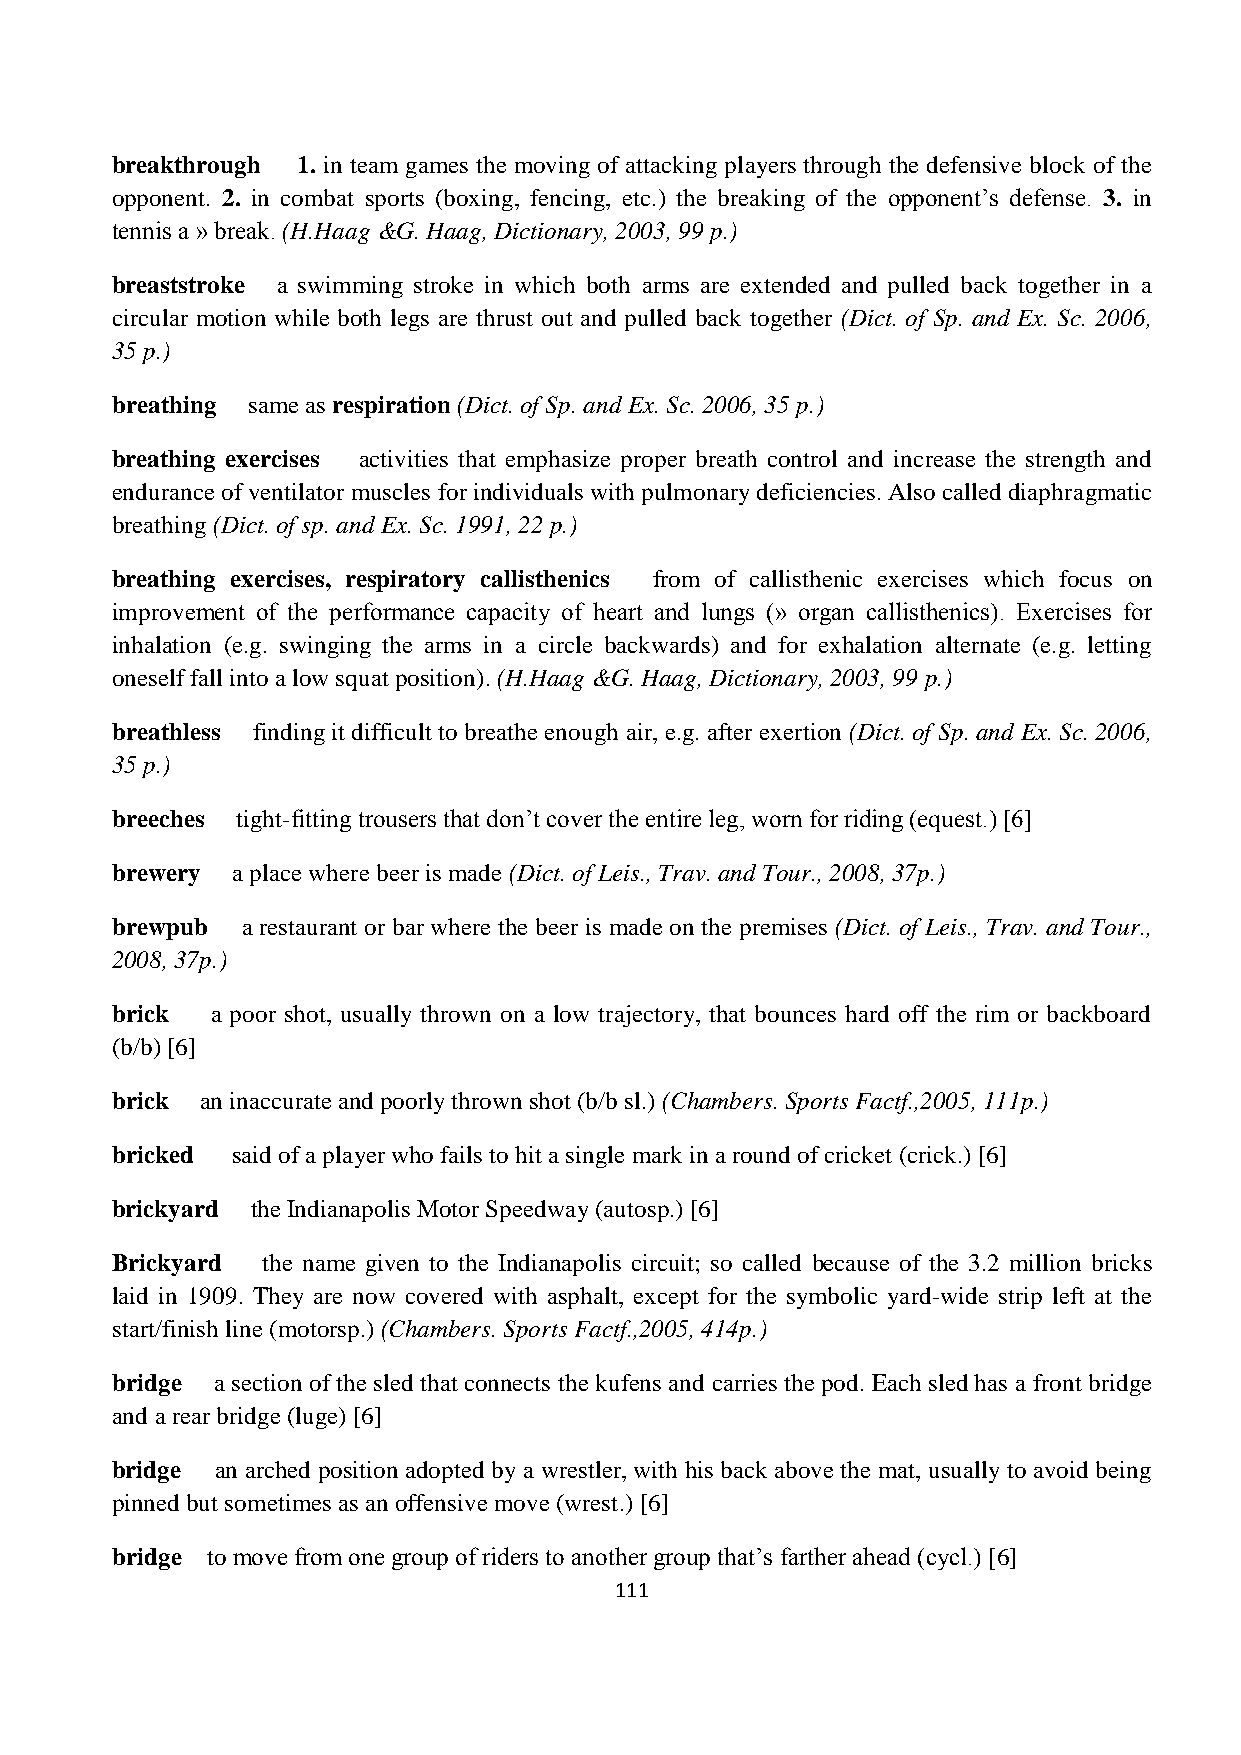
breakthrough 1. in team games the moving of attacking players through the defensive block of the
 opponent. 2. in combat sports (boxing, fencing, etc.) the breaking of the opponent’s defense. 3. in
 tennis a » break. (H.Haag &G. Haag, Dictionary, 2003, 99 p.)
 breaststroke a swimming stroke in which both arms are extended and pulled back together in a
 circular motion while both legs are thrust out and pulled back together (Dict. of Sp. and Ex. Sc. 2006,
 35 p.)
 breathing same as respiration (Dict. of Sp. and Ex. Sc. 2006, 35 p.)
 breathing exercises activities that emphasize proper breath control and increase the strength and
 endurance of ventilator muscles for individuals with pulmonary deficiencies. Also called diaphragmatic
 breathing (Dict. of sp. and Ex. Sc. 1991, 22 p.)
 breathing exercises, respiratory callisthenics from of callisthenic exercises which focus on
 improvement of the performance capacity of heart and lungs (» organ callisthenics). Exercises for
 inhalation (e.g. swinging the arms in a circle backwards) and for exhalation alternate (e.g. letting
 oneself fall into a low squat position). (H.Haag &G. Haag, Dictionary, 2003, 99 p.)
 breathless finding it difficult to breathe enough air, e.g. after exertion (Dict. of Sp. and Ex. Sc. 2006,
 35 p.)
 breeches tight-fitting trousers that don’t cover the entire leg, worn for riding (equest.) [6]
 brewery a place where beer is made (Dict. of Leis., Trav. and Tour., 2008, 37p.)
 brewpub  a restaurant or bar where the beer is made on the premises (Dict. of Leis., Trav. and Tour.,
 2008, 37p.)
 brick  a poor shot, usually thrown on a low trajectory, that bounces hard off the rim or backboard
 (b/b) [6]
 brick an inaccurate and poorly thrown shot (b/b sl.) (Chambers. Sports Factf.,2005, 111p.)
 bricked said of a player who fails to hit a single mark in a round of cricket (crick.) [6]
 brickyard the Indianapolis Motor Speedway (autosp.) [6]
 Brickyard the name given to the Indianapolis circuit; so called because of the 3.2 million bricks
 laid in 1909. They are now covered with asphalt, except for the symbolic yard-wide strip left at the
 start/finish line (motorsp.) (Chambers. Sports Factf.,2005, 414p.)
 bridge a section of the sled that connects the kufens and carries the pod. Each sled has a front bridge
 and a rear bridge (luge) [6]
 bridge an arched position adopted by a wrestler, with his back above the mat, usually to avoid being
 pinned but sometimes as an offensive move (wrest.) [6]
 bridge to move from one group of riders to another group that’s farther ahead (cycl.) [6]
 111